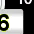
Digit: 3